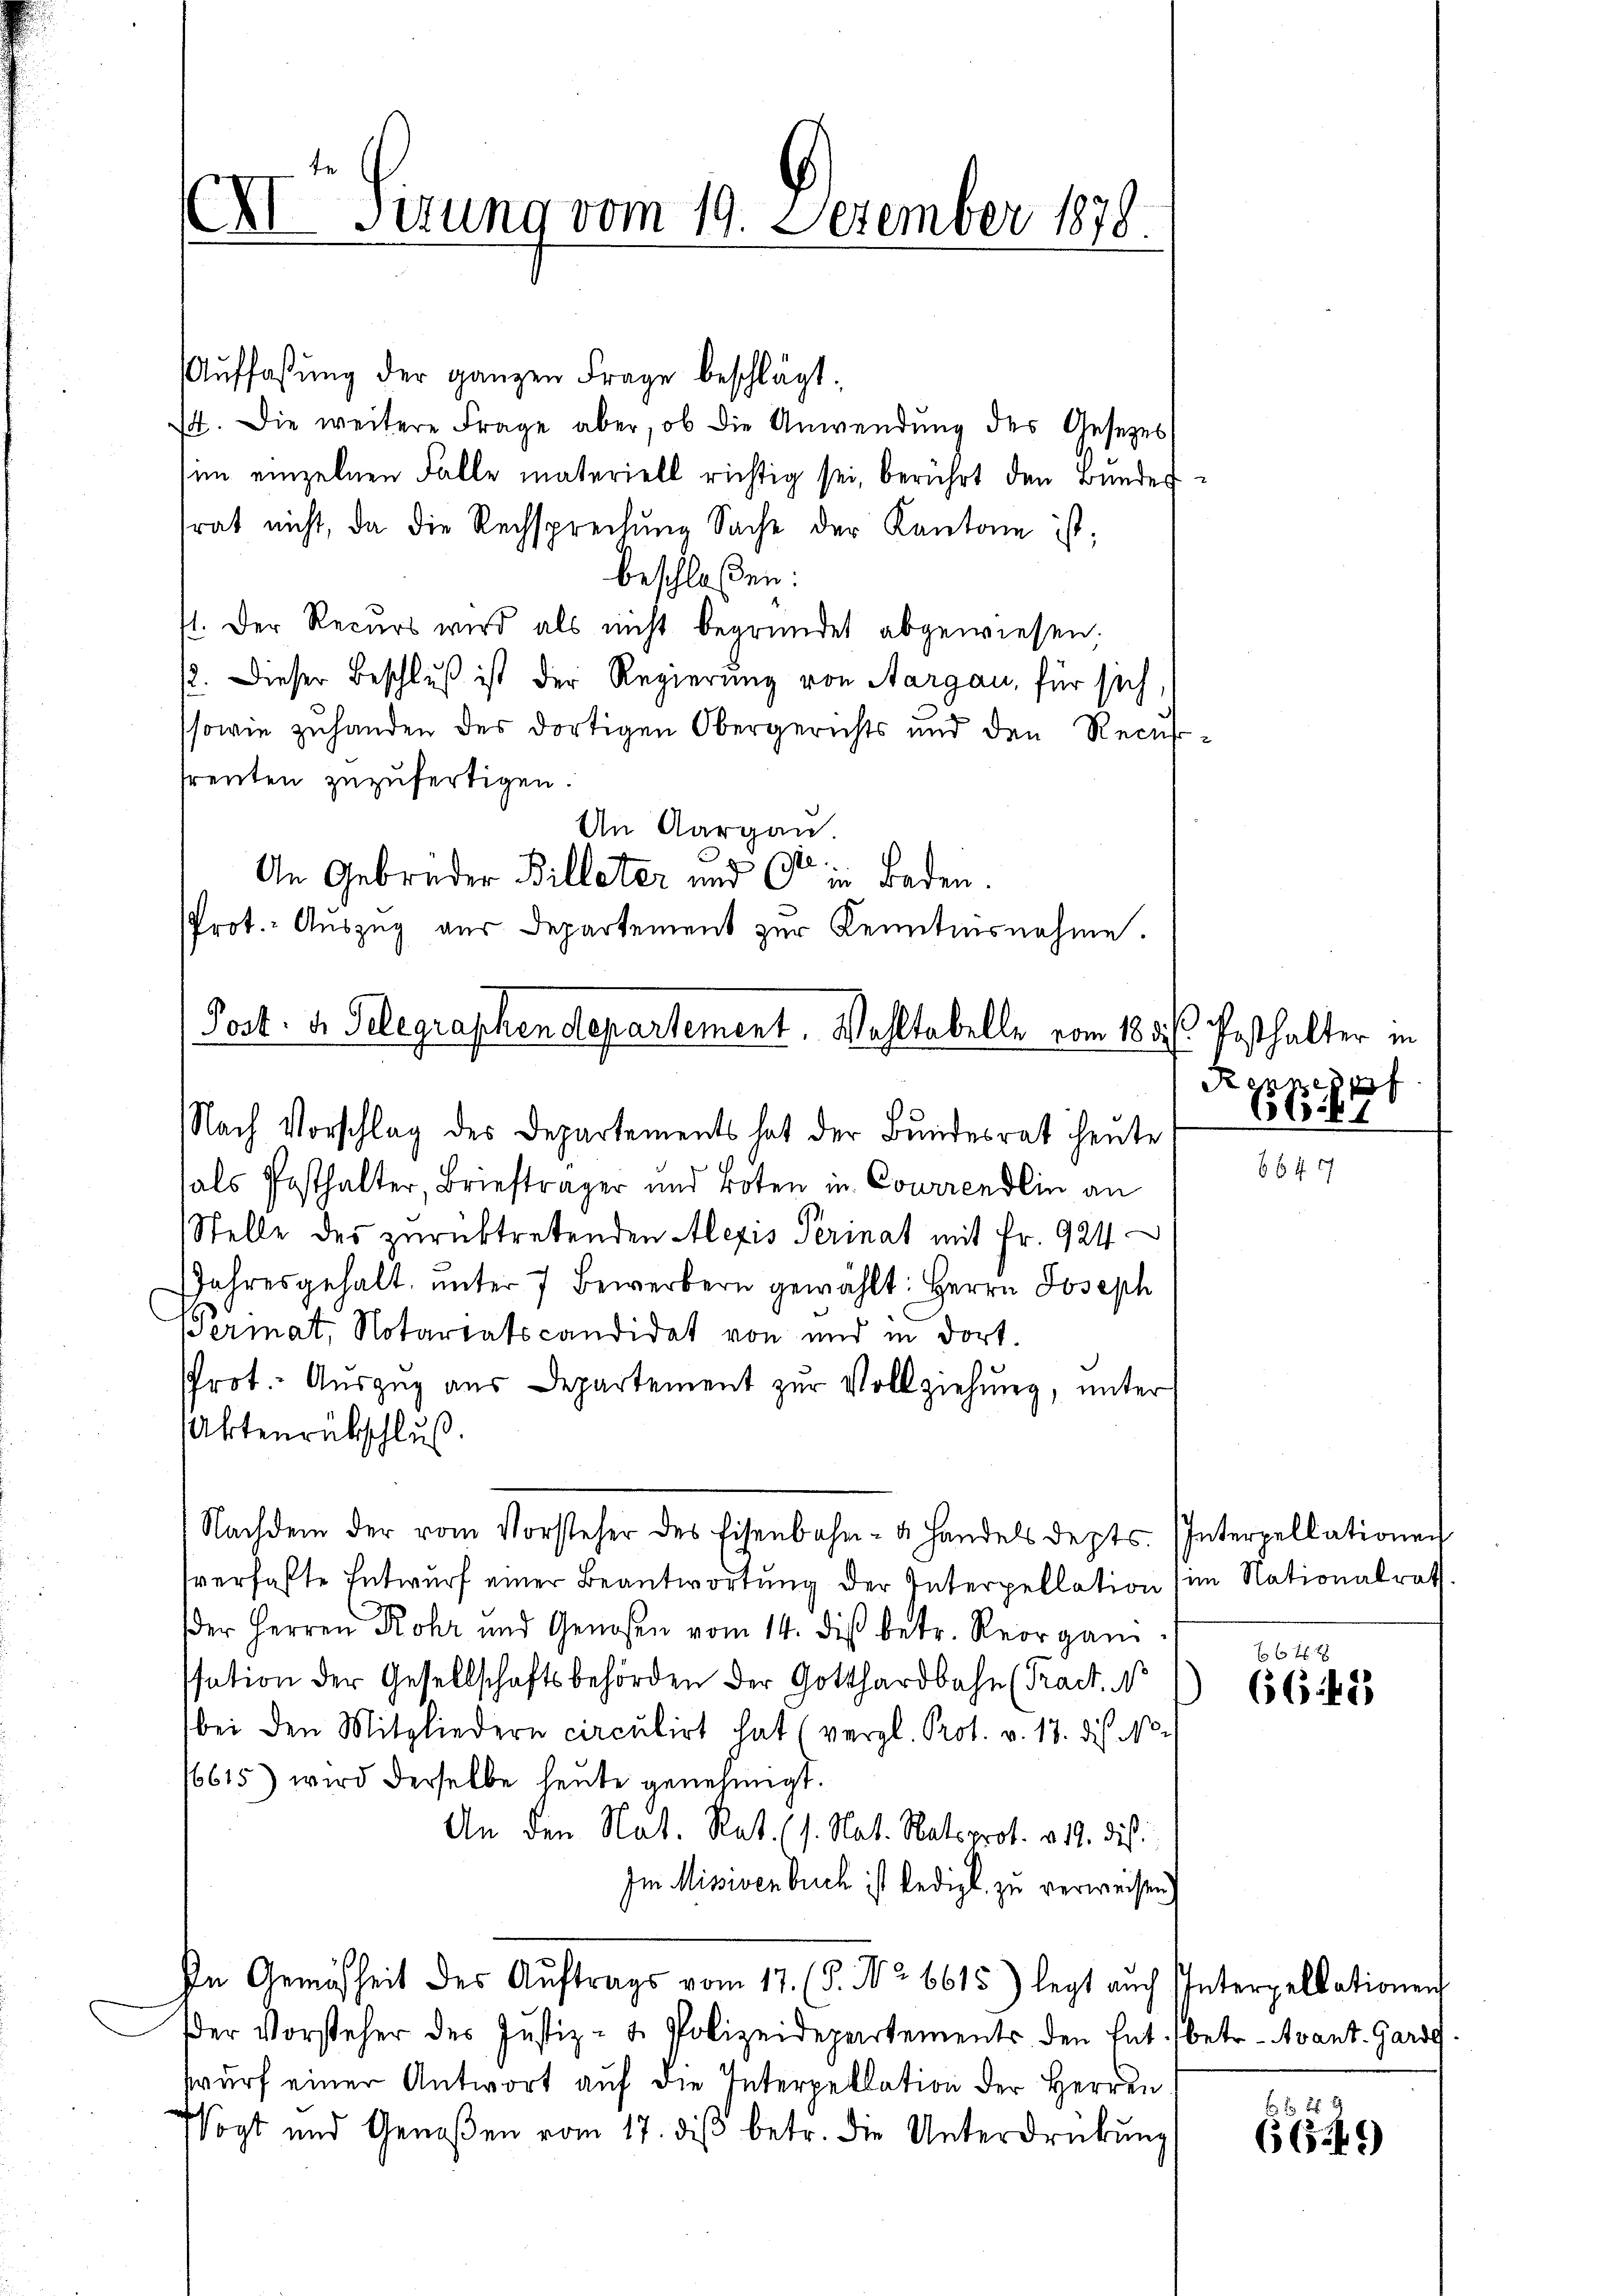
Auffassung der ganzen Frage beschlägt.
74. Die weitere Frage aber, ob die Anwendŭng des Gesezes
sen einzelnen Falle materiell richtig sei, berührt den Bunder
rat nicht, da die Rechsprechung Sache der Kantone ist;
beschloßen:
71. Der Recurs wird als nicht begründet abgewiesen.
2. Dieser Beschluß ist der Regierung von Aargau, für sich,
sowie zuhanden des dortigen Obergerichts und den Recur
freuten zuzufertigen.
An Aargau.
An Gebrüder Billeter und Ott in Baden.
Prot.: Aŭszŭg aŭs Departement zŭr Kenntnisnahme.
Post. d. Gelegraphendepartement. Wohltabelle vom 18. d.

X Sizung vom 19. Dezember 1878.

Nach Vorschlag des Departements hat der Bundesrat heute

Nachdem der vom Vorsteher des Eisenbahn- u. Handels depts.

als Posthalter, Briefträger und Boten in Courrendlin an
Stelle des zurücktretenden Alexis Perinat mit Fr. 924
JJahresgehalt, unter 7 Bewerbern gewählt: Herrn Joseph
Permat, Notariatscandidat von und in dort.
Prot. Auszug aus Departement zur Vollziehung, unter
Aktenrückschluß
sverfaßte Entwurf einer Beantwortung der Interpellation in Nationalrath
der Herren Rohr und Genossen vom 14. dies betr. Reorgan
ssation der Gesellschaftsbehörden der Gotthardbahn (Tract. N
bei den Mitgliedern circulirt hat (vergl. Prot. v. 17. des N.
16615) wird derselbe heute genehmigt.
An den Nat. Rat. (s. Nat. Ratsprot. v. 17. dies
Im Missiven buch ist ledigt zu verweisen)
In Gemäßheit des Auftrags vom 17. (§. No. 6615) legt auch Interpellationen
Der Vorsteher des Jŭstiz- u. Polizeidepartements den Ent. betr. Avant. Garde
wurf einer Antwort auf die Interpellation der Herren
Vogt und Genoßen vom 17. dβ betr. die Unterdrückung

festhalter in
Ryres pf
561

Interpellationen
6 f 4 x

6643

669